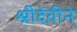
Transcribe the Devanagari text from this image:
श्रीदेवीने